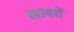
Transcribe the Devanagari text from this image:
खाबरों